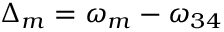
{ \Delta _ { m } } = { \omega _ { m } } - { \omega _ { 3 4 } }